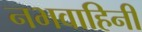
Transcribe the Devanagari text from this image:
नभवाहिनी